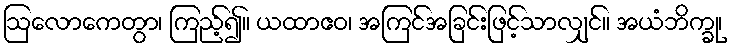
ဩလောကေတွာ၊ ကြည့်၍။ ယထာဧဝ၊ အကြင်အခြင်းဖြင့်သာလျှင်။ အယံဘိက္ခု၊